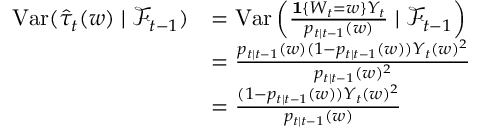
\begin{array} { r l } { \mathrm { V a r } ( \hat { \tau } _ { t } ( w ) \mid \mathcal { F } _ { t - 1 } ) } & { = \mathrm { V a r } \left( \frac { \mathbf { 1 } \{ W _ { t } = w \} Y _ { t } } { p _ { t \mid t - 1 } ( w ) } \mid \mathcal { F } _ { t - 1 } \right) } \\ & { = \frac { p _ { t \mid t - 1 } ( w ) ( 1 - p _ { t \mid t - 1 } ( w ) ) Y _ { t } ( w ) ^ { 2 } } { p _ { t \mid t - 1 } ( w ) ^ { 2 } } } \\ & { = \frac { ( 1 - p _ { t \mid t - 1 } ( w ) ) Y _ { t } ( w ) ^ { 2 } } { p _ { t \mid t - 1 } ( w ) } } \end{array}